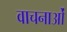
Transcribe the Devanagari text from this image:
वाचनाओं